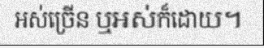
អស់ច្រើន ឬអស់ក៏ដោយ។